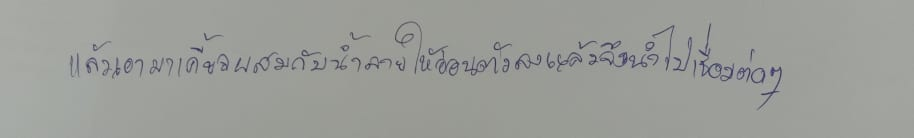
แล้วเอามาเคี้ยวผสมกับน้ำลายให้อ่อนตัวลงแล้วจึงนำไปเชื่อมต่อๆ